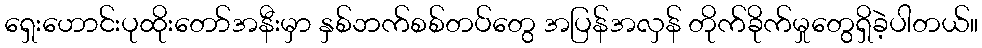
ရှေးဟောင်းပုထိုးတော်အနီးမှာ နှစ်ဘက်စစ်တပ်တွေ အပြန်အလှန် တိုက်ခိုက်မှုတွေရှိခဲ့ပါတယ်။